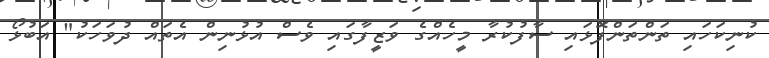
ކުނިކަހައި ތަންތަންފޮޅައި ސާފުކުރާ މީހެއްގެ ވަޒީފާގައި ވެސް އުޅުނިން އެތައް ދުވަހަކު" އަބުޅޯ